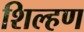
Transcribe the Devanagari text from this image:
शिल्हण